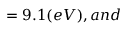
= 9 . 1 ( e V ) , a n d